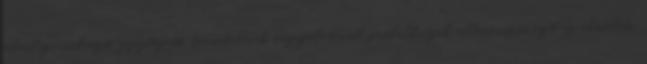
jelenlegi vadászó-gyűjtögető társadalmak vizsgálatával próbálhatják ellenőrizni ezt az elméleti